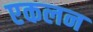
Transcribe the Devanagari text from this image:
एकलन